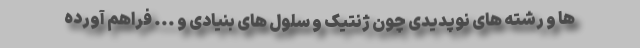
ها و رشته های نوپدیدی چون ژنتیک و سلول های بنیادی و ... فراهم آورده